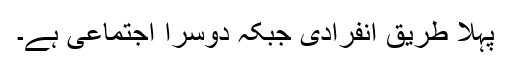
پہلا طریق انفرادی جبکہ دوسرا اجتماعی ہے۔